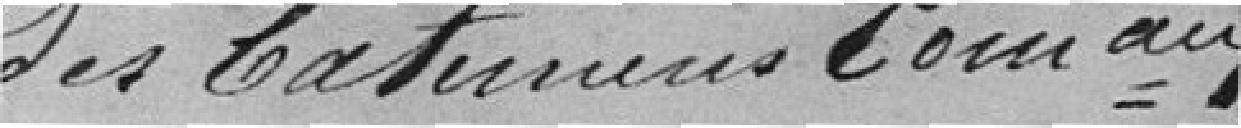
des bâtiments communaux